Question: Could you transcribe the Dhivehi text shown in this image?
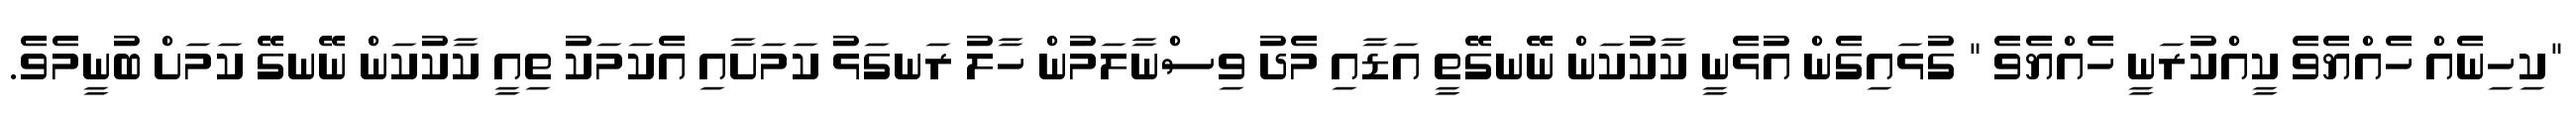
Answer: "ކިހިނެއް ހެއްޔެވެ ކީއްކުރަނީ ހެއްޔެވެ " ގުޅައިގެން އުޅެނީ ކާކުކަން ނޭނގޭތީ އަޑާއި މެދު ވިސްނާލަމުން ހާލު ރަނގަޅު ކަމަށާއި އެކަމަކު ތިއީ ކާކުކަން ނޭނގޭ ކަމަށް ބުނީމެވެ.